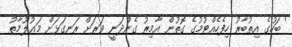
' ބަހުގެ އިތުބާރު ހިފެހެއްޓުމުގެ ގޮތުން އާމިރު ގެންދަނީ ވަރަށް ރަނގަޅަށް މަޢުލޫމާތު